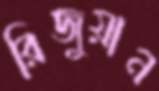
রিজুয়ান